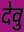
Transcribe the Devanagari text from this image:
देवु